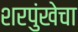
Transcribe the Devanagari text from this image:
शरपुंखेचा